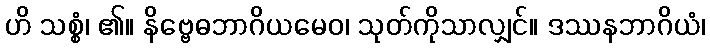
ဟိ သစ္စံ၊ ၏။ နိဗ္ဗေဓဘာဂိယမေဝ၊ သုတ်ကိုသာလျှင်။ ဒဿနဘာဂိယံ၊